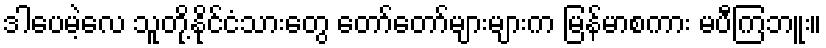
ဒါပေမဲ့လေ သူတို့နိုင်ငံသားတွေ တော်တော်များများက မြန်မာစကား မပီကြဘူး။